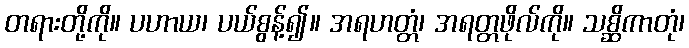
တရားတို့ကို။ ပဟာယ၊ ပယ်စွန့်၍။ အရဟတ္တံ၊ အရတ္တဖိုလ်ကို။ သစ္ဆိကာတုံ၊